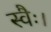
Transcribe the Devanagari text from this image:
स्वैः।